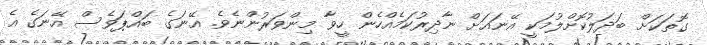
ގޮތަކަށް ބަދަލުކޮށްލުމަކީ އޭނައަށް ނާދިރުކަމެއްހެން ހީވާ މިންވަރުންނެވެ. އޭނަގެ ބައްޕަވެސް އޭނަގެ އެ